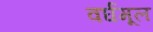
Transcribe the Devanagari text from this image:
वर्घमूल